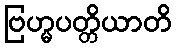
ဗြဟ္မပတ္တိယာတိ